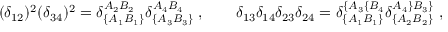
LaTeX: ( \delta _ { 1 2 } ) ^ { 2 } ( \delta _ { 3 4 } ) ^ { 2 } = \delta _ { \{ A _ { 1 } B _ { 1 } \} } ^ { A _ { 2 } B _ { 2 } } \delta _ { \{ A _ { 3 } B _ { 3 } \} } ^ { A _ { 4 } B _ { 4 } } \; , \qquad \delta _ { 1 3 } \delta _ { 1 4 } \delta _ { 2 3 } \delta _ { 2 4 } = \delta _ { \{ A _ { 1 } B _ { 1 } \} } ^ { \{ A _ { 3 } \{ B _ { 4 } } \delta _ { \{ A _ { 2 } B _ { 2 } \} } ^ { A _ { 4 } \} B _ { 3 } \} } \; ,